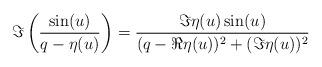
LaTeX: \begin{align*}\Im\left(\frac{\sin(u)}{q-\eta(u)}\right)= \frac{\Im\eta(u)\sin(u)}{(q-\Re\eta(u))^2+(\Im\eta(u))^2}\end{align*}